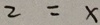
2 = x